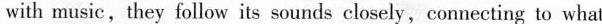
with music,they follow its sounds closely,connecting to what